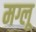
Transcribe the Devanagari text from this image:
मग्लू